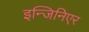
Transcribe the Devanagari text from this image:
इन्जिनिएर